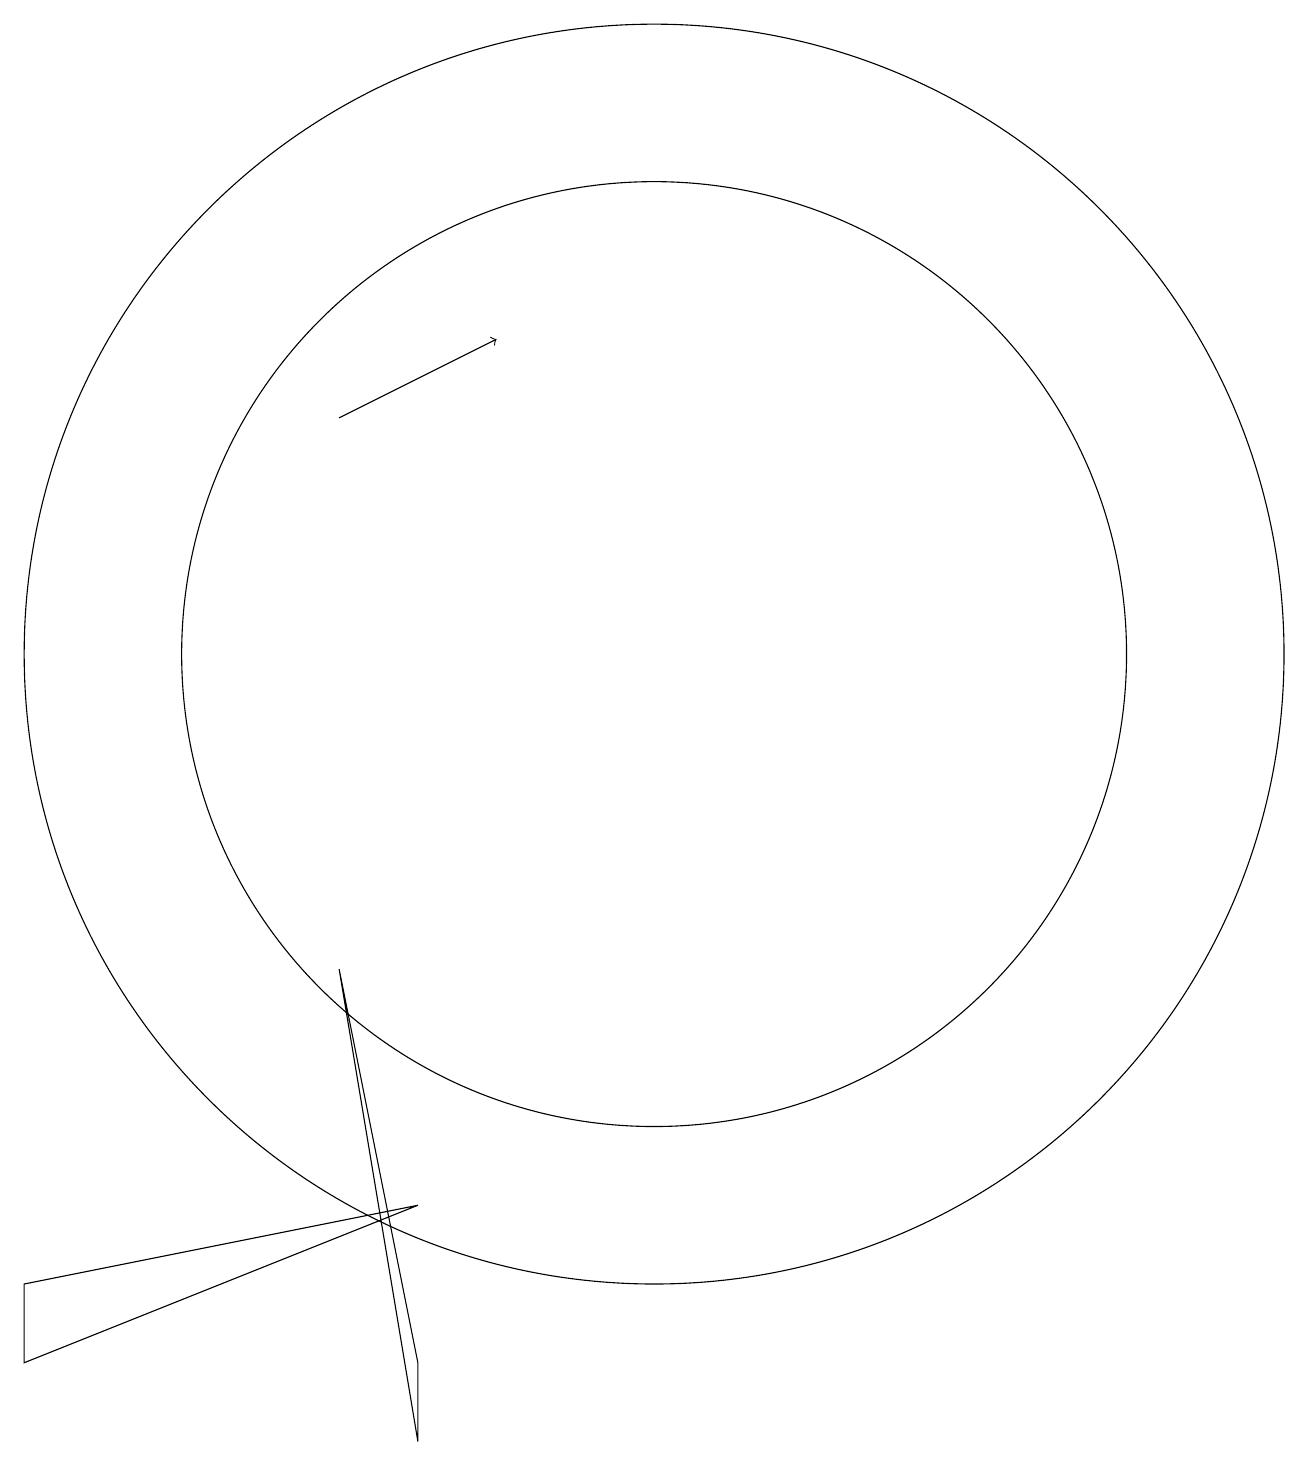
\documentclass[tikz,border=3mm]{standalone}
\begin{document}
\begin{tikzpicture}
\draw (2,2) -- (2,1) -- (7,3) -- cycle;
\draw[->] (6,13) -- (8,14);
\draw (10,10) circle (6);
\draw (10,10) circle (8);
\draw (6,6) -- (7,0) -- (7,1) -- cycle;
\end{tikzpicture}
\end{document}